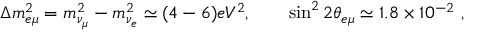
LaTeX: \Delta m _ { e \mu } ^ { 2 } = m _ { \nu _ { \mu } } ^ { 2 } - m _ { \nu _ { e } } ^ { 2 } \simeq ( 4 - 6 ) e V ^ { 2 } , \qquad \sin ^ { 2 } 2 \theta _ { e \mu } \simeq 1 . 8 \times 1 0 ^ { - 2 } \ ,